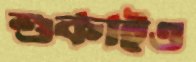
শুকাইও